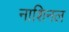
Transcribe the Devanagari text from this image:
नाशिनल